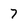
Character: 7